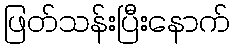
ဖြတ်သန်းပြီးနောက်